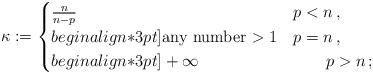
LaTeX: \begin{align*} \kappa := \begin{cases} \frac{n}{n-p} & p<n\,, \\begin{align*}3pt] \mbox{any number $>1$} &p=n\,, \\begin{align*}3pt] +\infty &\qquad p>n\,;\end{cases}\end{align*}